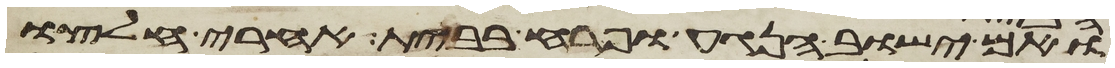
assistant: ואם ישוב הנגע ופרח בבית אחרי חלצו